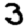
Digit: 3